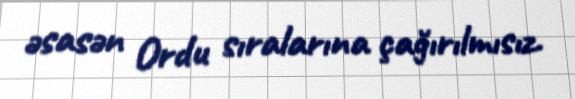
əsasən Ordu sıralarına çağırılmısız.